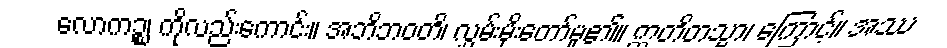
လောကဉ္စ၊ ကိုလည်းကောင်း။ အဘိဘဝတိ၊ လွှမ်းမိုးတော်မူ၏။ ဣတိတသ္မာ၊ ကြောင့်။ အဿ